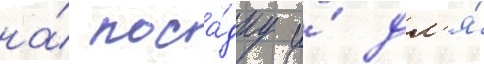
на́ поса́дку и́ дл'я́